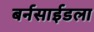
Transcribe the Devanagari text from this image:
बर्नसाईडला